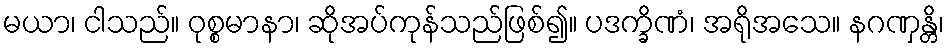
မယာ၊ ငါသည်။ ဝုစ္စမာနာ၊ ဆိုအပ်ကုန်သည်ဖြစ်၍။ ပဒက္ခိဏံ၊ အရိုအသေ။ နဂဏှန္တိ၊